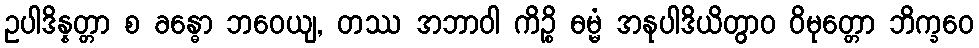
ဥပါဒိန္နတ္တာ စ ခန္ဓော ဘဝေယျ, တဿ အဘာဝါ ကိဉ္စိ ဓမ္မံ အနုပါဒိယိတွာဝ ဝိမုတ္တော ဘိက္ခဝေ